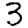
Digit: 3